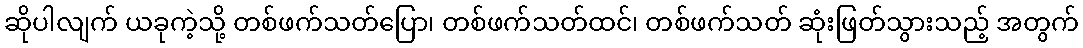
ဆိုပါလျက် ယခုကဲ့သို့ တစ်ဖက်သတ်ပြော၊ တစ်ဖက်သတ်ထင်၊ တစ်ဖက်သတ် ဆုံးဖြတ်သွားသည့် အတွက်